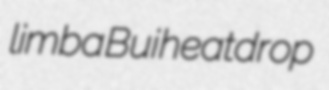
limba Bui heatdrop